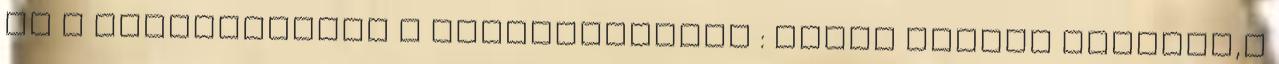
és a szörnyeteget a Hamupipőkével : Mikor Regina távozik,s